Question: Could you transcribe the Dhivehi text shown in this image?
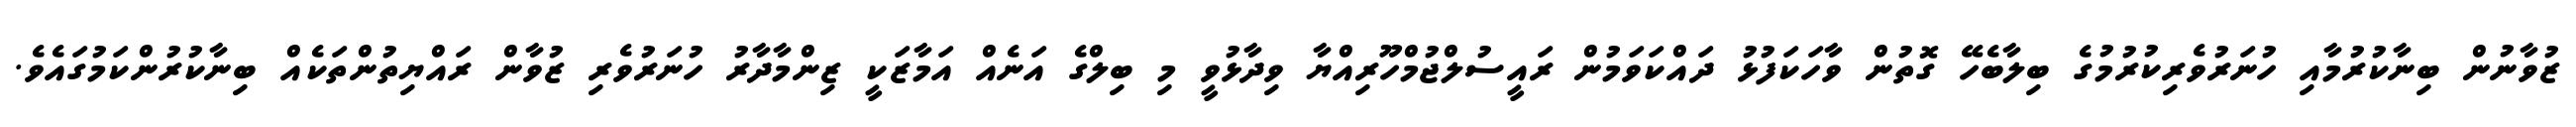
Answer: ޒުވާނުން ބިނާކުރުމާއި ހުނަރުވެރިކުރުމުގެ ބިލާބެހޭ ގޮތުން ވާހަކަފުޅު ދައްކަވަމުން ރައީސުލްޖުމްހޫރިއްޔާ ވިދާޅުވީ މި ބިލްގެ އަނެއް އަމާޒަކީ ޒިންމާދާރު ހުނަރުވެރި ޒުވާން ރައްޔިތުންތަކެއް ބިނާކުރުންކަމުގައެވެ.